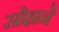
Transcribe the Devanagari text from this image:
सोहाने